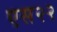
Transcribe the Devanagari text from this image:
एस२२